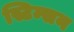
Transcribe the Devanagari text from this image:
स्टिम्सन